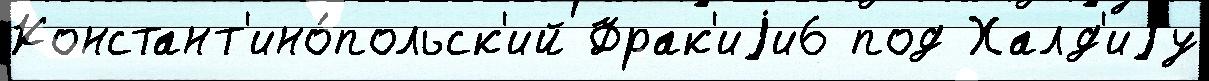
Констант'ино́польск'ий Фрак'иjи6 под Халд'иjу